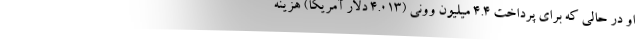
او در حالی که برای پرداخت 4.4 میلیون وونی (4.013 دلار آمریکا) هزینه